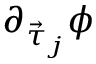
\partial _ { \vec { \tau } _ { j } } \phi